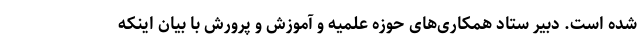
شده است. دبیر ستاد همکاری‌های حوزه علمیه و آموزش و پرورش با بیان اینکه